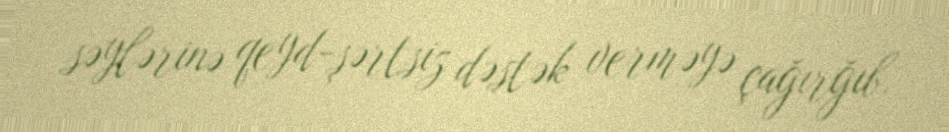
səylərinə qeyd-şərtsiz dəstək verməyə çağırğıb.